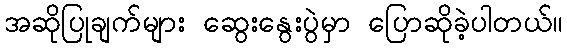
အဆိုပြုချက်များ ဆွေးနွေးပွဲမှာ ပြောဆိုခဲ့ပါတယ်။